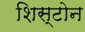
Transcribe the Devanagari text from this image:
शिस्टोन